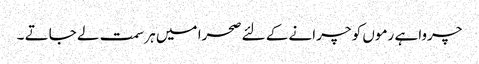
چرواہے رموں کو چرانے کے لئے صحرا میں ہر سمت لے جاتے ۔